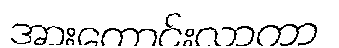
အားကောင်းလာကာ